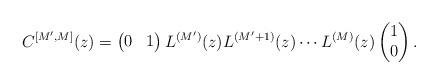
LaTeX: \begin{align*}C^{[M', M]}(z)=\begin{pmatrix} 0 & 1 \end{pmatrix}L^{(M')}(z)L^{(M'+1)}(z)\cdots L^{(M)}(z)\begin{pmatrix} 1 \\ 0 \end{pmatrix}. \end{align*}